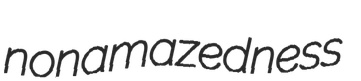
nonamazedness